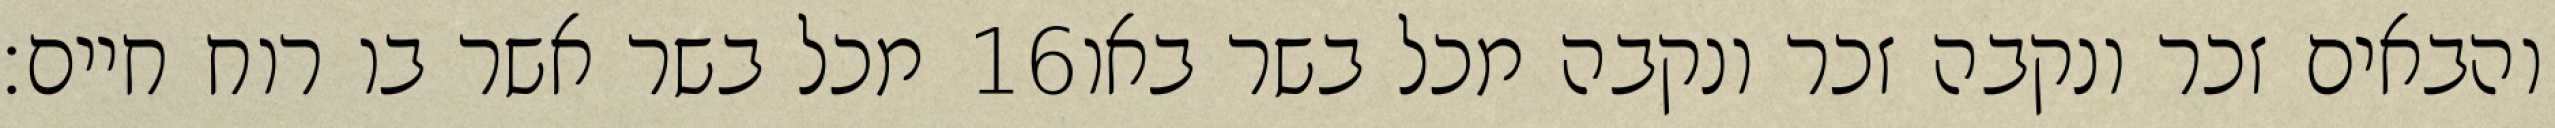
מכל בשר אשר בו רוח חיים׃ ‎16‏ והבאים זכר ונקבה זכר ונקבה מכל בשר באו